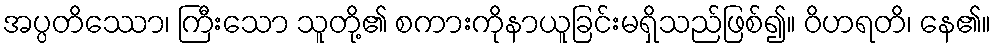
အပ္ပတိဿော၊ ကြီးသော သူတို့၏ စကားကိုနာယူခြင်းမရှိသည်ဖြစ်၍။ ဝိဟရတိ၊ နေ၏။